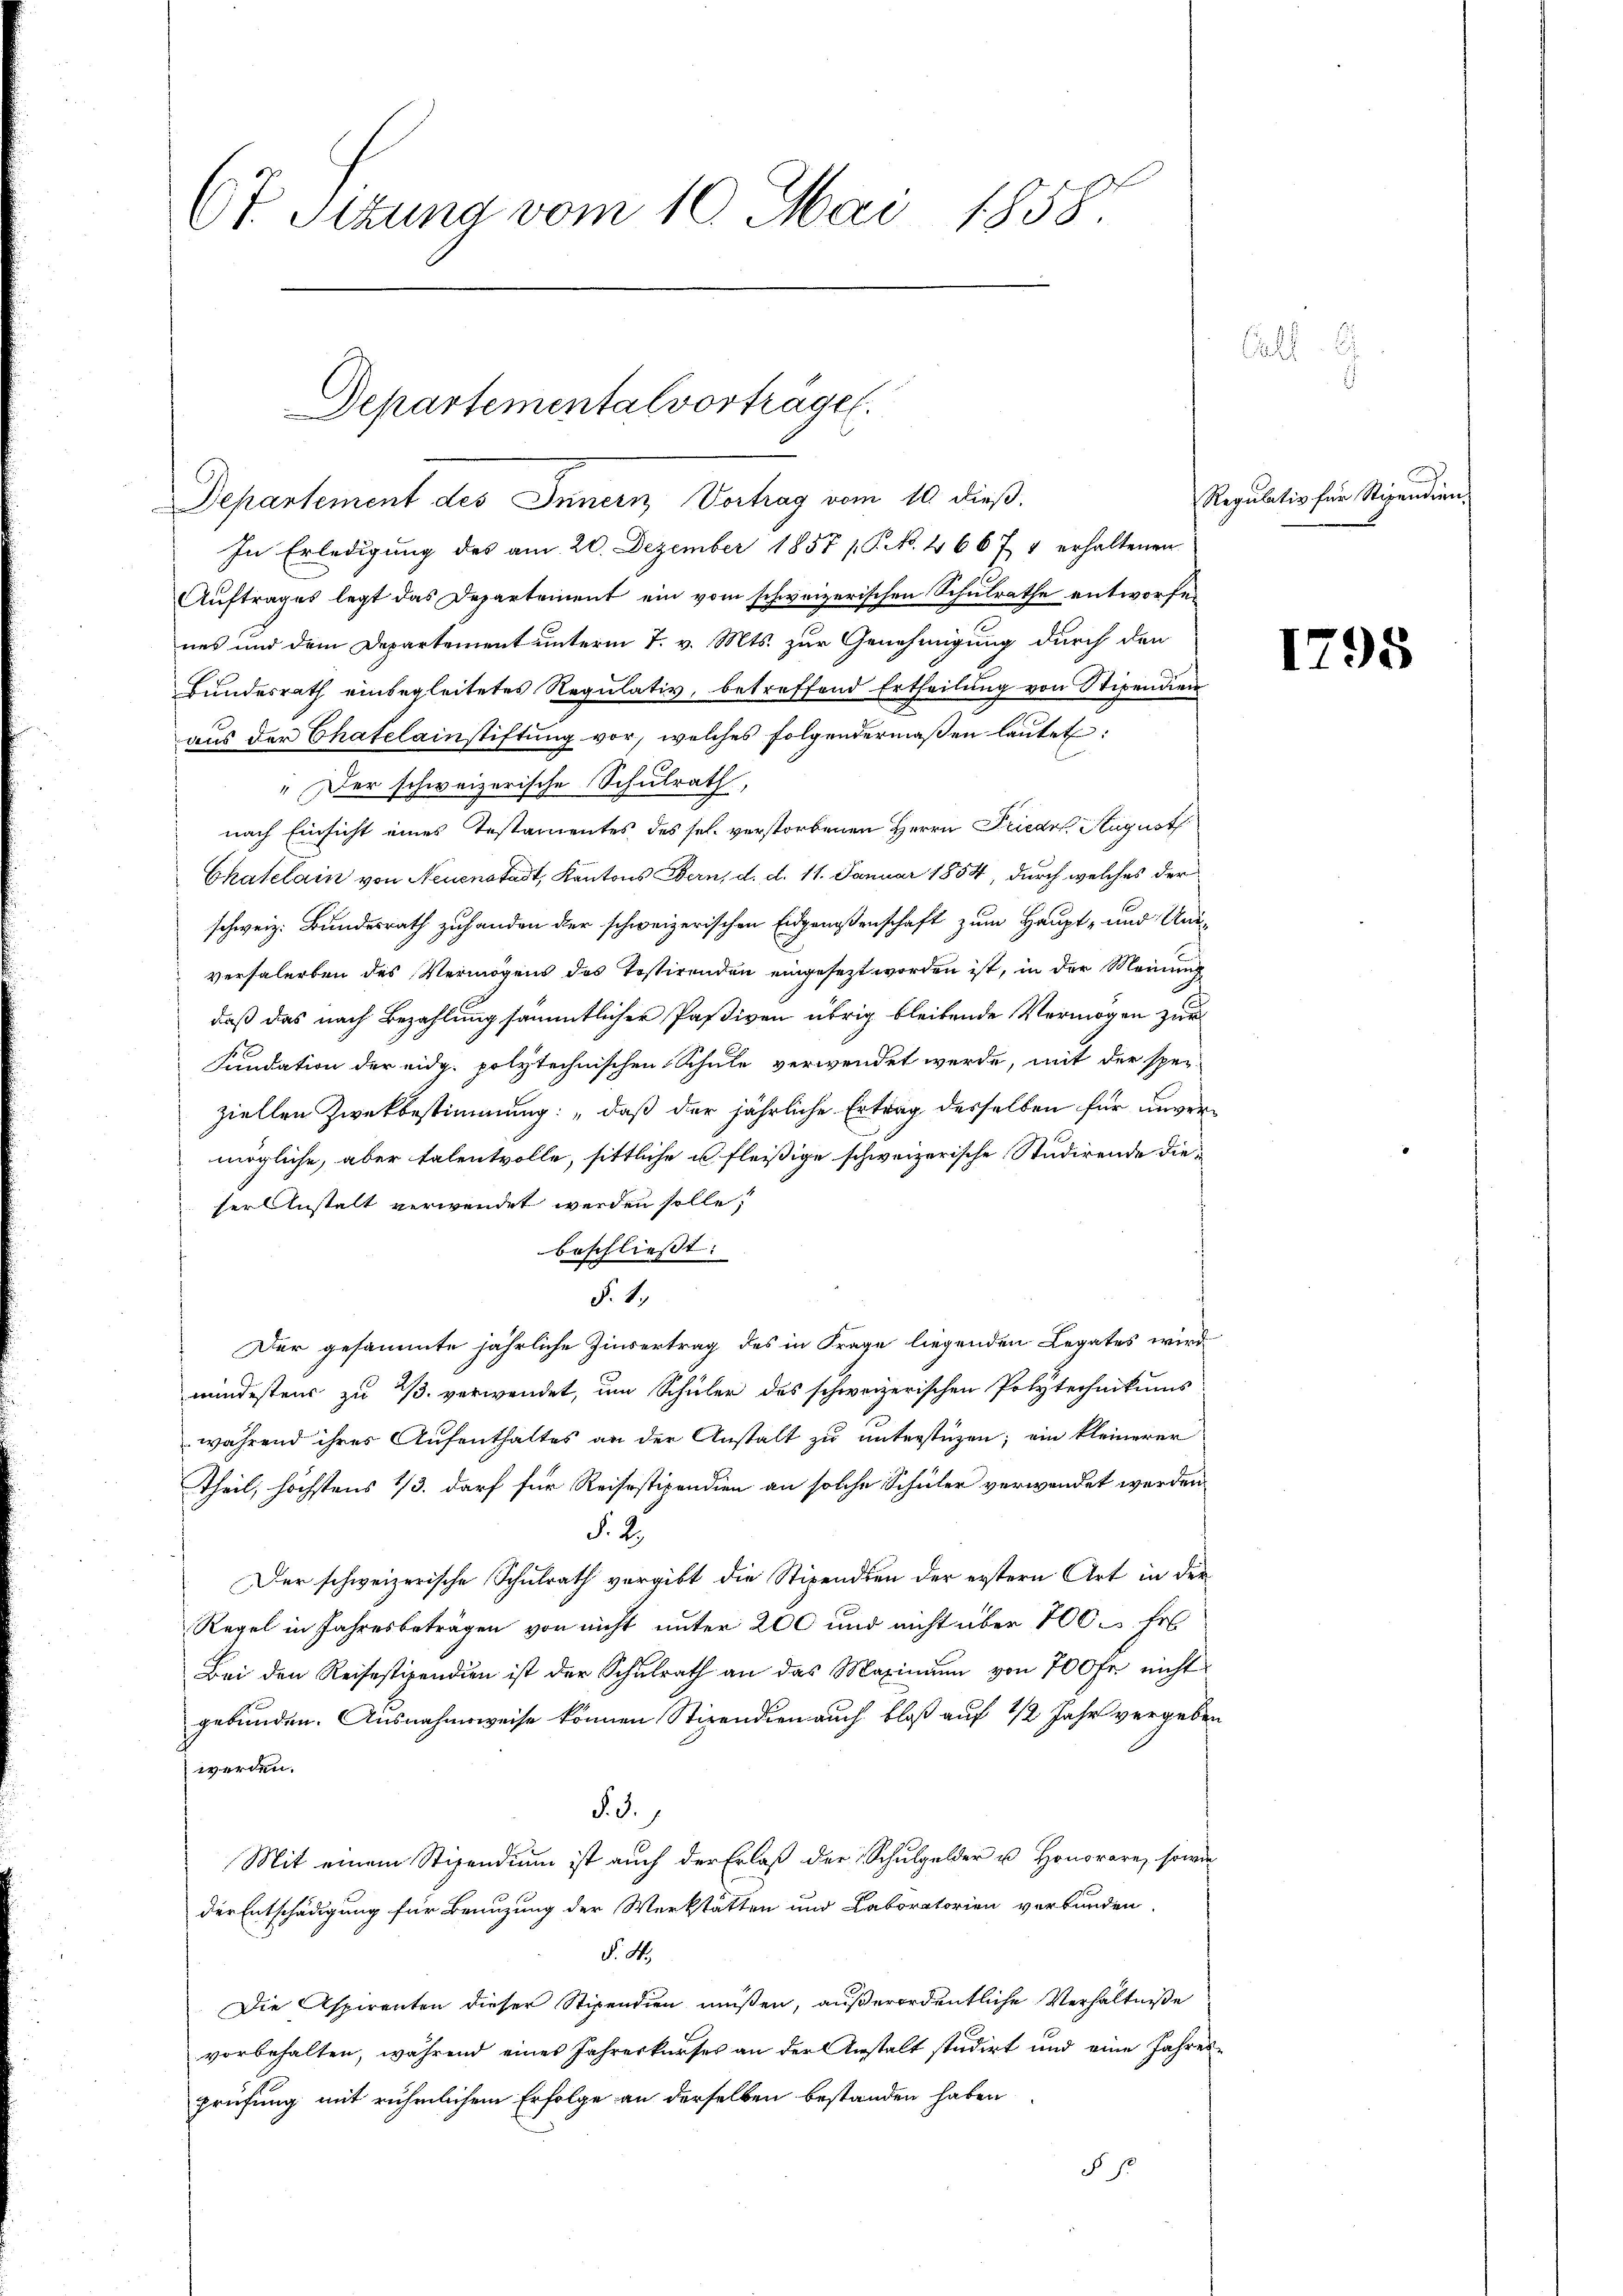
Ct. Sitzung vom 10. Mai 1858.

Departemental vorträge.

Departement des Innern Vortrag vom 10. dieß.
In Erledigŭng des am 20. Dezember 1857 / P. No. 4667 1 erhaltenen
Auftrages legt das Departement ein vom schweizerischen Schulrathe entworfenes und dem Departement unterm 7. v. Mts. zur Genehmigung durch den
Bundesrath einbegleitetes Regulativ, betreffend Ertheilung von Stipendien
aus der Thatelainstiftung vor, welches folgendermaßen lautet:
"Der schweizerische Schulrath,
nach Einsicht eines Testamentes des sel. verstorbenen Herrn Friede August
Chatelain von Neuenstadt, Kantons Bern, d. d. 11. Januar 1854, durch welches der
schweiz. Bundesrath zuhanden der schweizerischen Eidgenossenschaft zum Haupt- und Unversalerben des Vermögens des Tessirenden eingesezt worden ist, in der Meinung
daß das nach Bezahlung sämmtlicher Paßiven übrig bleibende Vermögen zur
Fundation der eidg. polytechnischen Schule verwendet werde, mit der speziellen Zwekbestimmung: „daß der jährliche Ertrag desselben für unvermögliche, aber talentvolle, sittliche u. fleißige schweizerische Studirende dieser Anstalt verwendet werden solle,
beschliesst:
§. 1.
Der gesammte jährliche Zinsertrag des in Frage liegenden Legates wird
mindestens zu 1/3. verwendet, um Schüler des schweizerischen Polytechnikums
während ihres Aufenthaltes an der Anstalt zu unterstüzen; ein kleinerer
Theil, höchstens 1/3. darf für Reisestipendien an solche Schüler verwendet werden
§. 2.
Der schweizerische Schulrath vergibt die Stipendien der erstern Art in der
Regel in Jahresbeträgen vor nicht unter 200 und nicht über 100 Fr.
Bei den Reisestipendien ist der Schŭlrath an das Maxinium von 700 fr. nicht
gebunden. Ausnahmsweise können Stipendien auch bloß auf 1/2 Jahr vergeben
werden.
§. 3.
Mit einem Stipendium ist auch der Erlaß der Schulgelder u. Honorare, sowie
der Entschädigung für Benuzung der Werkstätten und Laboratorien verbunden.
§. 4.
Die Aspirenten dieser Stipendien müßen, außerordentliche Verhältniße
vorbehalten, während eines Jahreskurses an der Anstalt studirt und eine Jahres-
prüfung mit rühmlichem Erfolge an derselben bestanden haben
 p

ll

Regulativ für Stipendien,

1798